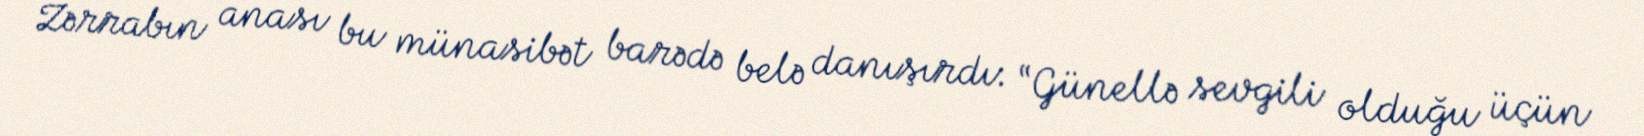
Zərrabın anası bu münasibət barədə belə danışırdı: “Günellə sevgili olduğu üçün